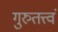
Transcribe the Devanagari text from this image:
गुरुतत्त्वं